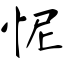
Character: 怩